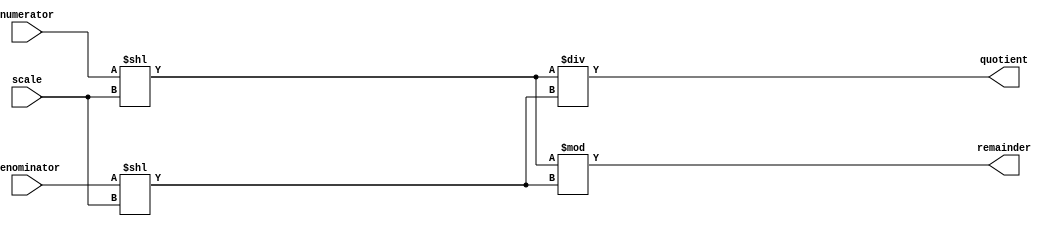
module fixed_point_divider (
    input [7:0] numerator,
    input [7:0] denominator,
    input [7:0] scale,
    output reg [7:0] quotient,
    output reg [7:0] remainder
);

reg [7:0] numerator_scaled;
reg [7:0] denominator_scaled;

always @ (numerator, denominator, scale)
begin
    numerator_scaled = numerator << scale;
    denominator_scaled = denominator << scale;
end

always @ (numerator_scaled, denominator_scaled)
begin
    quotient = numerator_scaled / denominator_scaled;
    remainder = numerator_scaled % denominator_scaled;
end

endmodule